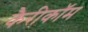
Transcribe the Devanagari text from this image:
कैरीकॉम